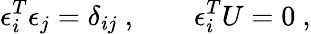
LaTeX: \epsilon_{i}^{T}\epsilon_{j}=\delta_{ij}\ ,\qquad\epsilon_{i}^{T}U=0\ ,